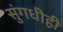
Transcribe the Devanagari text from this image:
सुंगधीही